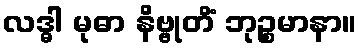
လဒ္ဓါ မုဓာ နိဗ္ဗုတိံ ဘုဉ္စမာနာ။